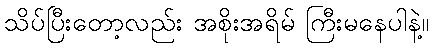
သိပ်ပြီးတော့လည်း အစိုးအရိမ် ကြီးမနေပါနဲ့။